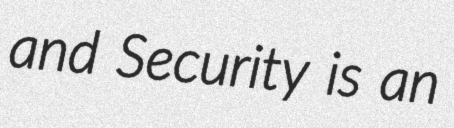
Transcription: and Security is an